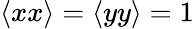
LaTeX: \langle{xx}\rangle=\langle{yy}\rangle=1